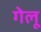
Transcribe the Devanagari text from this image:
गेलू